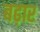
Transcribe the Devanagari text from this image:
बढ़ार